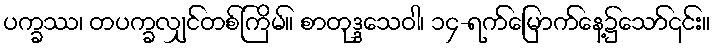
ပက္ခဿ၊ တပက္ခလျှင်တစ်ကြိမ်။ စာတုဒ္ဒသေဝါ၊ ၁၄-ရက်မြောက်နေ့၌သော်၎င်း။